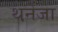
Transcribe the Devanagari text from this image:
थनेजा